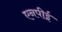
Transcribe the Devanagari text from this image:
एनपीई